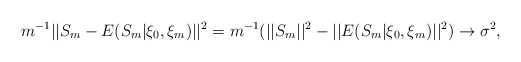
\begin{align*}m^{-1}||S_{m}-E(S_{m}|\xi_{0},\xi_{m})||^{2}=m^{-1}(||S_{m}||^{2}-||E(S_{m}|\xi_{0},\xi_{m})||^{2})\rightarrow\sigma^{2}, \end{align*}